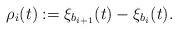
LaTeX: \begin{align*}\rho_i(t):=\xi_{b_{i+1}}(t)-\xi_{b_i}(t).\end{align*}